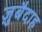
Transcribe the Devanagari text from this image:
ज़ुबैदाह